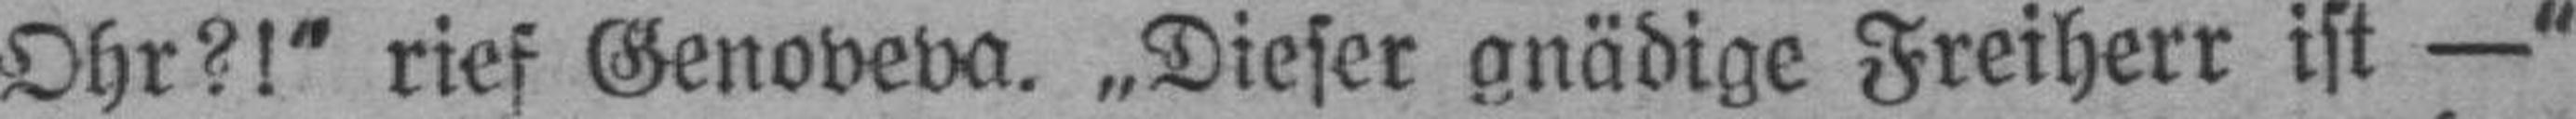
Ohr?!“ rief Genoveva. „Dieser gnädige Freiherr ist —“